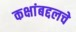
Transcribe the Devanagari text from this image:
कक्षांबद्दलचे